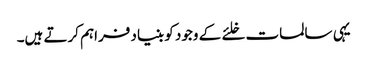
یہی سالمات خلئے کے وجود کو بنیاد فراہم کرتے ہیں۔